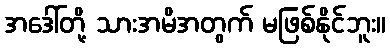
အဒေါ်တို့ သားအမိအတွက် မဖြစ်နိုင်ဘူး။